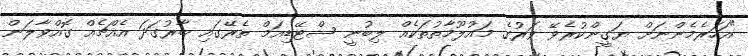
"އަހަރެމެންނަށް ޔަގީންކުރެވޭ ވަރުގެ މައުލޫމާތުތަކެއް ލިބުނީ ސްޓޭޑިއަމް ތެރޭގައި ބާރުގަދަ އެއްޗެއް ގޮއްވާލަން